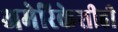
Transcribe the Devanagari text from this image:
अमेरिकेशीही